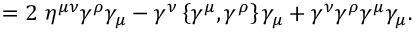
= 2 \ \eta ^ { \mu \nu } \gamma ^ { \rho } \gamma _ { \mu } - \gamma ^ { \nu } \left\{ \gamma ^ { \mu } , \gamma ^ { \rho } \right\} \gamma _ { \mu } + \gamma ^ { \nu } \gamma ^ { \rho } \gamma ^ { \mu } \gamma _ { \mu } .